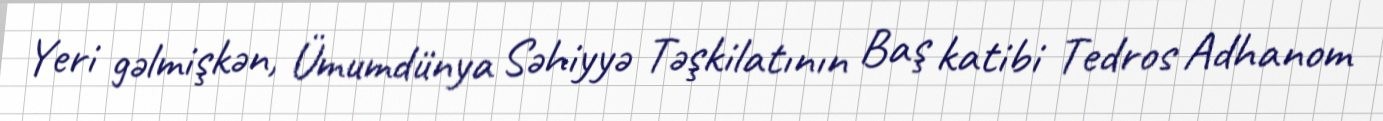
Yeri gəlmişkən, Ümumdünya Səhiyyə Təşkilatının Baş katibi Tedros Adhanom